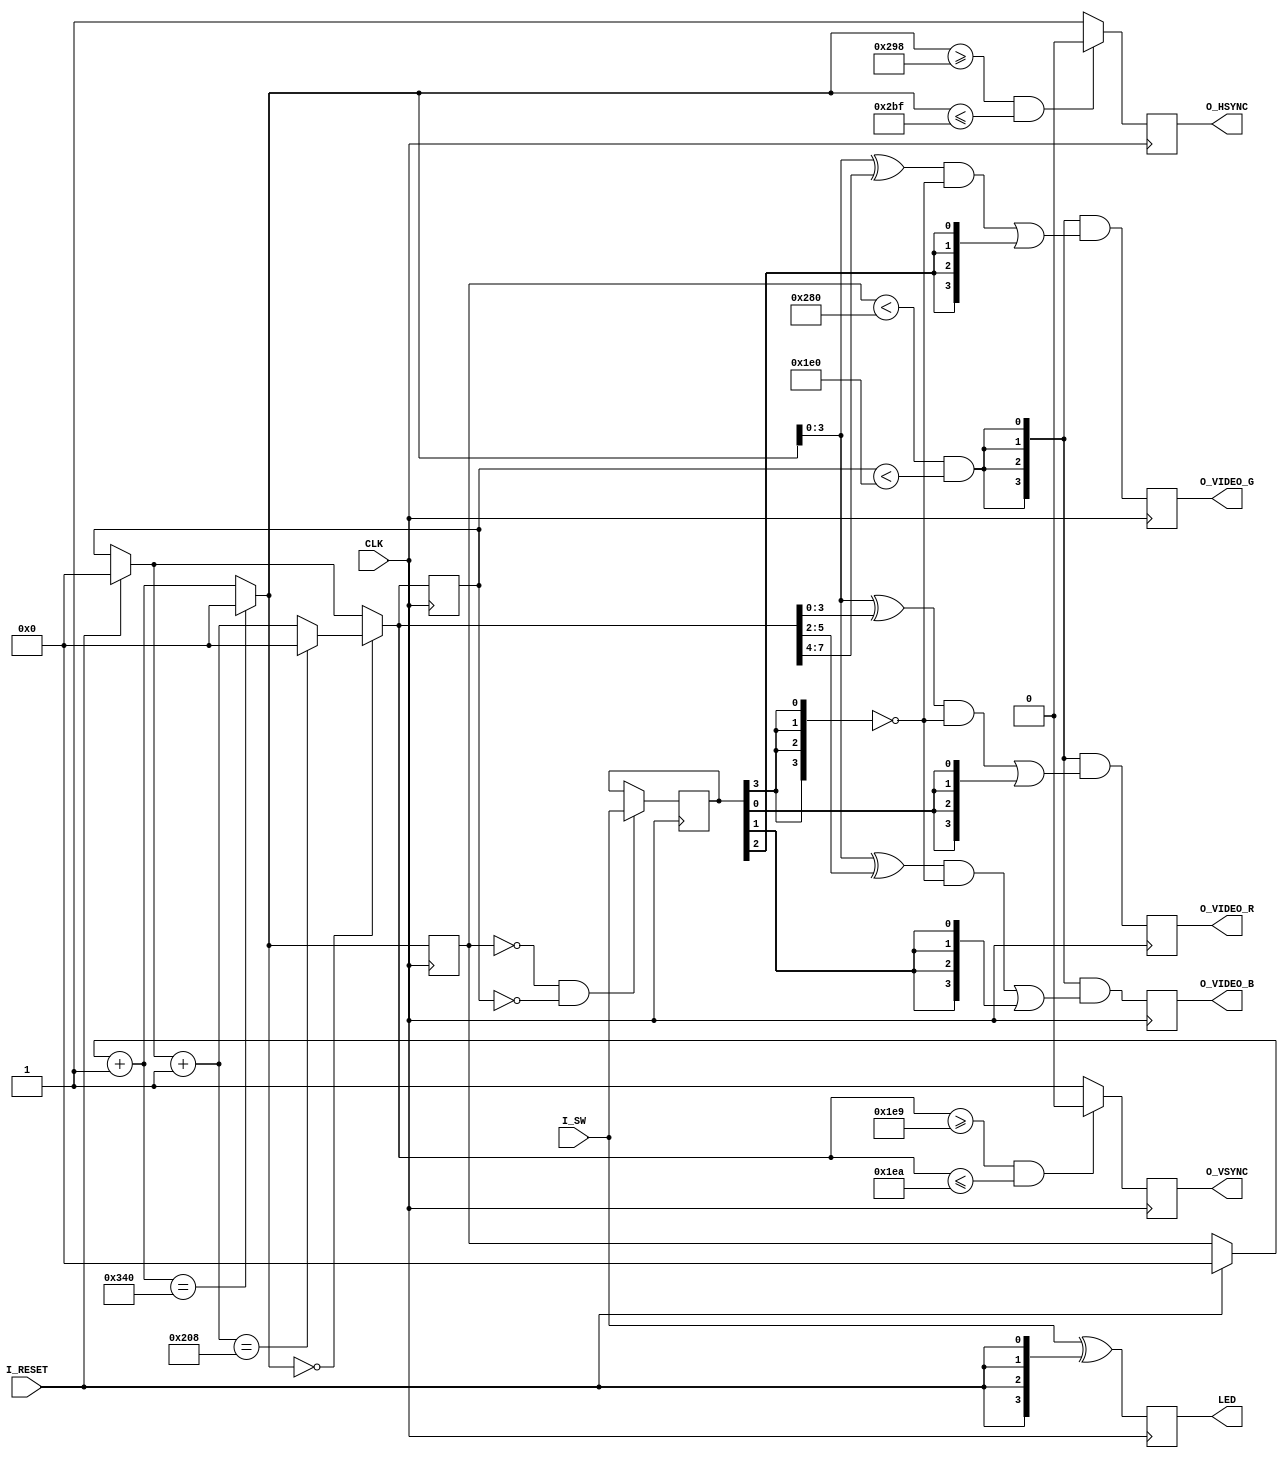
module VGAFUN(CLK, LED, I_RESET, O_VSYNC, O_HSYNC, O_VIDEO_R, O_VIDEO_B, O_VIDEO_G, I_SW);

	input CLK;
	input I_RESET;
	input [3:0] I_SW;

	output reg [3:0] LED;
	output reg O_VSYNC;
	output reg O_HSYNC;
	output reg [3:0] O_VIDEO_R;
	output reg [3:0] O_VIDEO_B;
	output reg [3:0] O_VIDEO_G;
	
	//internal storage for I_SW latch
	reg [3:0] sw;

	//internal state for
	reg [9:0] pixel; //current pixel, 0 to 831
	reg [9:0] line;  //current line, 0 to 519
	
	//is 1 in the Display Active region and 0 in the blanking region
	//used to mask the RGB output
	wire in_rgb;
	
	//continuous assignment
	//the moment pixel changes in_rgb is "instantly" updated
	assign in_rgb = (pixel < 640) && (line < 480);
	
	//Input switch latch, to avoid flicker
	//this guarantees that the sw value does not change mid-frame
	always@ (posedge CLK)
	begin
		if (pixel == 0 && line == 0)
			sw = I_SW;
	end
	
	//Main processing logic
	//hsync and vsync generation
	//image generation
	//reset logic
	always@ (posedge CLK)
	begin
		if (I_RESET == 1)
		begin
			line = 0;
			pixel = 0;
		end
		
		//count from 0 to 831
		//essentially a clock divider to 32 mhz/832
		pixel = pixel + 1;
		if (pixel == 832) //warp back to 0 on 832
			pixel = 0;
		
		//if at the start of a line, count lines
		if (pixel == 0)
		begin
			//count lines from 0 to 519
			line = line + 1;
			if (line == 520)
				line = 0;
		end
		
		//hsync is zero in [664 ~ 703]
		//vsync is zero in [489 ~ 490]
		O_HSYNC = (pixel >= 664 && pixel <= 703) ? 0 : 1;
		O_VSYNC = (line >= 489 && line <= 490) ? 0 : 1;
		
		//Generate a pseudo random image, or a solid filled image, or a mix
		//depending on the sw inputs
		O_VIDEO_R = {4{in_rgb}} & ((pixel ^ (line >> 0)) & ~{4{sw[3]}} | {4{sw[0]}});
		O_VIDEO_B = {4{in_rgb}} & ((pixel ^ (line >> 2)) & ~{4{sw[3]}} | {4{sw[1]}});
		O_VIDEO_G = {4{in_rgb}} & ((pixel ^ (line >> 4)) & ~{4{sw[3]}} | {4{sw[2]}});
		
		//Make the leds follow the SW and light up if reset
		LED = I_SW ^ {4{I_RESET}};
	end
	
endmodule